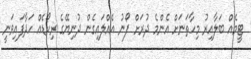
ޓީމެއް ބަލާއިރު މިހާތަނަށް އެންމެ ދުރަށް ފޯނު އެއްލައިގެން ދުނިޔޭގެ ރިކޯޑެއް ހަދާފައިވަނީ